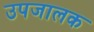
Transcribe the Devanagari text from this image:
उपजालक